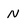
Character: N